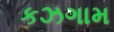
કઝગામ